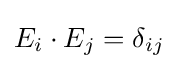
E_{i}\cdot E_{j}=\delta _{ij}